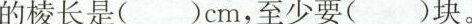
棱长是()cm，至少要()块。